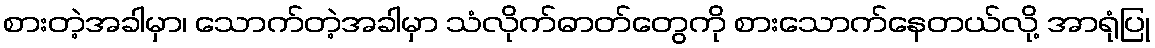
စားတဲ့အခါမှာ၊ သောက်တဲ့အခါမှာ သံလိုက်ဓာတ်တွေကို စားသောက်နေတယ်လို့ အာရုံပြု